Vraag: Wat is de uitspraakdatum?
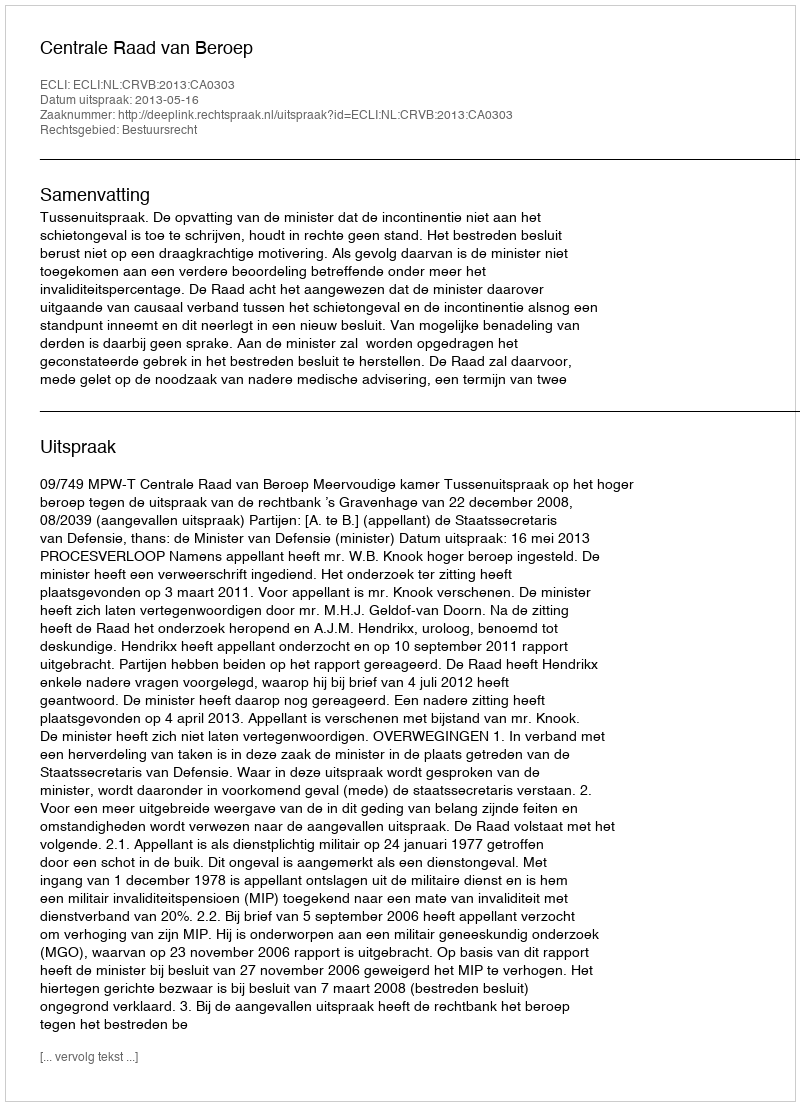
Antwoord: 2013-05-16